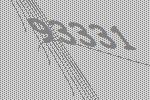
93331